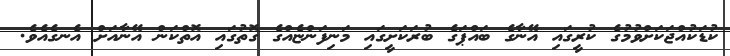
ކުޑަކުއްޖަކަށްވުމުގެ ކުރީގައި އޭނާގެ ބައްޕަގެ ބުރަކަށީގައި މަނިފަންޏެއްގެ ގޮތުގައި އޮތްކަން އޭނާއަށް އެނގެއެވެ.